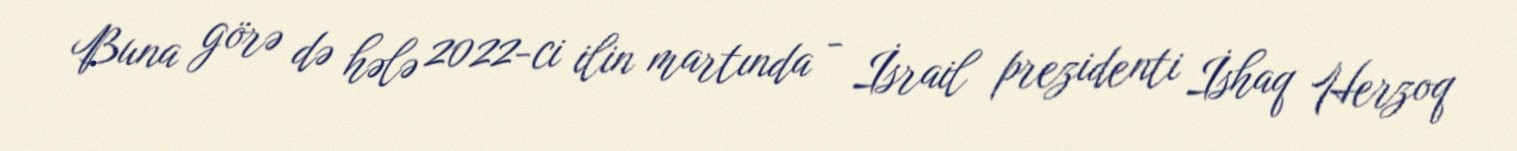
Buna görə də hələ 2022-ci ilin martında - İsrail prezidenti İshaq Herzoq